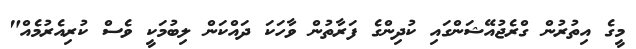
މީގެ އިތުރުން ގްރެޖުއޭޝަންގައި ކުދިންގެ ފަރާތުން ވާހަކަ ދައްކަން ލިބުމަކީ ވެސް ކުރިއެރުމެއް"